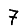
Digit: 7